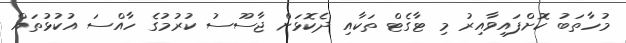
މުހާތަބު ކޮށްފައިވާއިރު މި ޓާގެޓް ތަކާއި ދެކޮޅަށް ޖާސޫސު ކުރުމުގެ ހާއްސަ އުކުޅުތައް